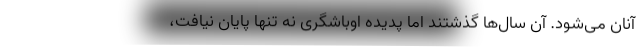
آنان می‌شود. آن سال‌ها گذشتند اما پدیده اوباشگری نه تنها پایان نیافت،